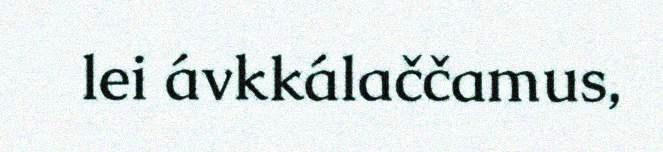
lei ávkkálaččamus,